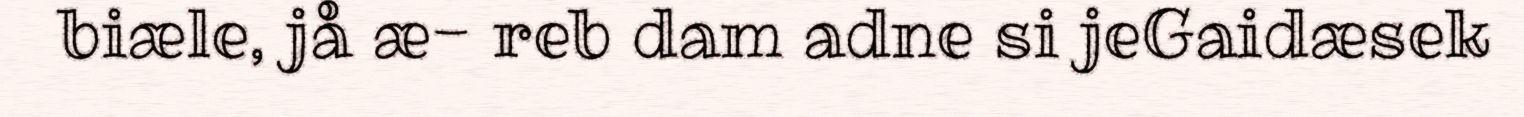
biæle, jå æ- reb dam adne si jeGaidæsek